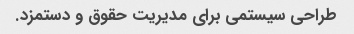
طراحی سیستمی برای مدیریت حقوق و دستمزد.